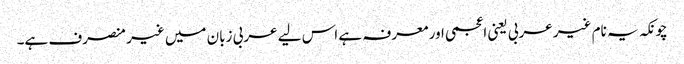
چونکہ یہ نام غیر عربی یعنی اعجمی اور معرفہ ہے اس لیے عربی زبان میں غیر منصرف ہے۔